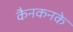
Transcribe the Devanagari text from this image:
कैनकनके